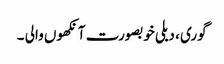
گوری ، دبلی خوبصورت آنکھوں والی ۔